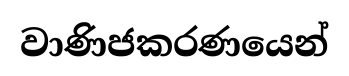
වාණිජකරණයෙන්